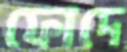
ফোদে